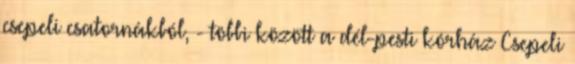
csepeli csatornákból, - többi között a dél-pesti kórház Csepeli